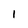
Character: l